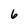
Character: 6